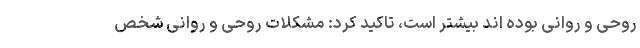
روحی و روانی بوده اند بیشتر است، تاکید کرد: مشکلات روحی و روانی شخص